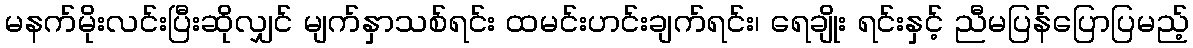
မနက်မိုးလင်းပြီးဆိုလျှင် မျက်နှာသစ်ရင်း ထမင်းဟင်းချက်ရင်း၊ ရေချိုး ရင်းနှင့် ညီမပြန်ပြောပြမည့်